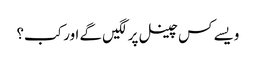
ویسے کس چینل پر لگیں گے اور کب؟